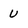
Character: U